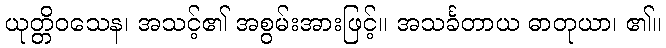
ယုတ္တိဝသေန၊ အသင့်၏ အစွမ်းအားဖြင့်။ အသင်္ခတာယ ဓာတုယာ၊ ၏။